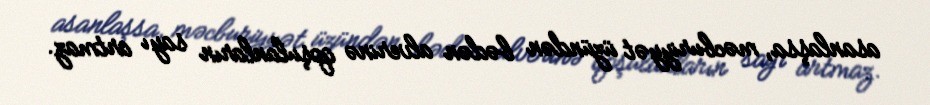
asanlaşsa, məcburiyyət üzündən bədən alverinə qoşulanların sayı artmaz.